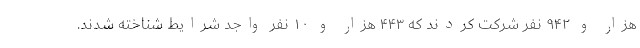
هزار و ۹۴۲ نفر شركت كردند كه ۴۴۳ هزار و ۱۰ نفر واجد شرايط شناخته شدند.